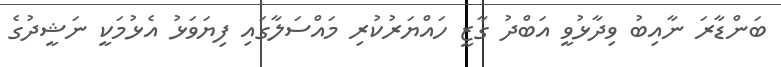
ބަންޑާރަ ނާއިބު ވިދާޅުވީ އަބްދު ގާޒީ ހައްޔަރުކުރި މައްސަލާގައި ފިޔަވަޅު އެޅުމަކީ ނަޝީދުގެ